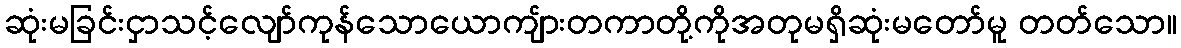
ဆုံးမခြင်းငှာသင့်လျော်ကုန်သောယောကျ်ားတကာတို့ကိုအတုမရှိဆုံးမတော်မူ တတ်သော။